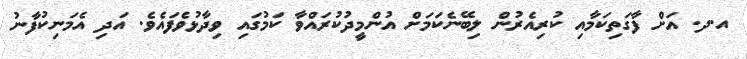
އ.ދ. އަށް ފާގަތިކަމާއި ކުރިއެރުން ލިބޭނެކަމަށް އުންމީދުކުރައްވާ ކަމުގައި ވިދާޅުވެފައެވެ. އަދި އެމަނިކުފާނު